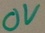
Text: 0V